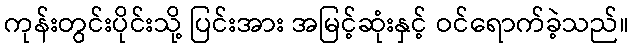
ကုန်းတွင်းပိုင်းသို့ ပြင်းအား အမြင့်ဆုံးနှင့် ဝင်ရောက်ခဲ့သည်။